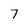
Character: 7